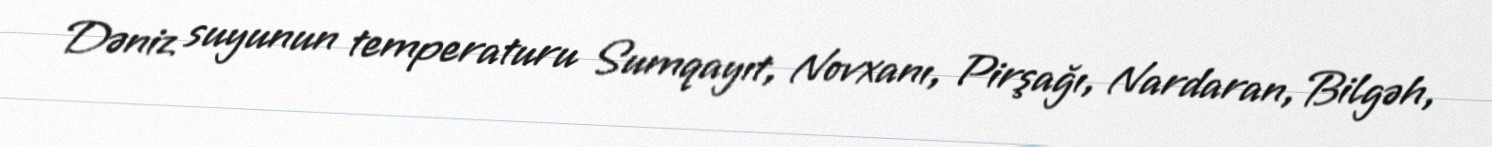
Dəniz suyunun temperaturu Sumqayıt, Novxanı, Pirşağı, Nardaran, Bilgəh,